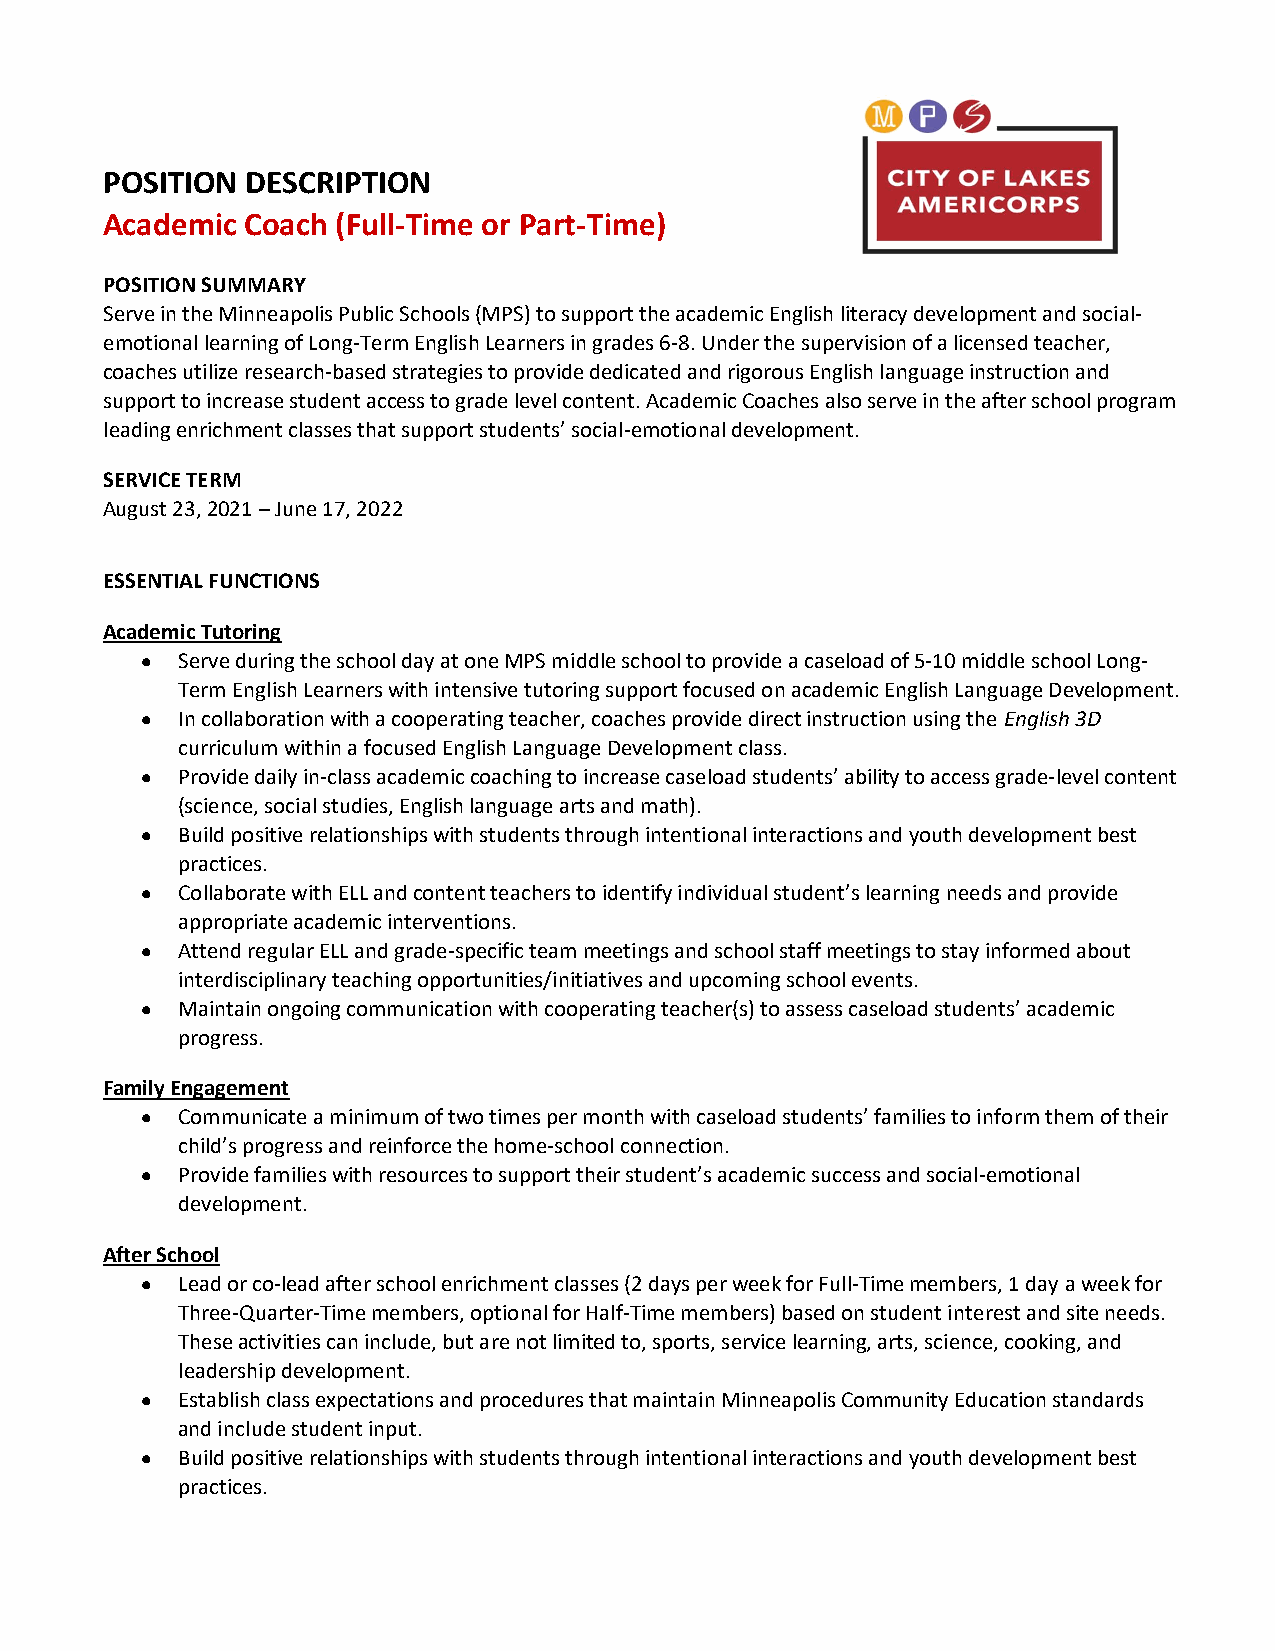
POSITION DESCRIPTION
 Academic Coach (Full-Time or Part-Time)
 POSITION SUMMARY
 Serve in the Minneapolis Public Schools (MPS) to support the academic English literacy development and social-
 emotional learning of Long-Term English Learners in grades 6-8. Under the supervision of a licensed teacher,
 coaches utilize research-based strategies to provide dedicated and rigorous English language instruction and
 support to increase student access to grade level content. Academic Coaches also serve in the after school program
 leading enrichment classes that support students’ social-emotional development.
 SERVICE TERM
 August 23, 2021 – June 17, 2022
 ESSENTIAL FUNCTIONS
 Academic Tutoring
   Serve during the school day at one MPS middle school to provide a caseload of 5-10 middle school Long-
 Term English Learners with intensive tutoring support focused on academic English Language Development.
   In collaboration with a cooperating teacher, coaches provide direct instruction using the English 3D
 curriculum within a focused English Language Development class.
   Provide daily in-class academic coaching to increase caseload students’ ability to access grade-level content
 (science, social studies, English language arts and math).
   Build positive relationships with students through intentional interactions and youth development best
 practices.
   Collaborate with ELL and content teachers to identify individual student’s learning needs and provide
 appropriate academic interventions.
   Attend regular ELL and grade-specific team meetings and school staff meetings to stay informed about
 interdisciplinary teaching opportunities/initiatives and upcoming school events.
   Maintain ongoing communication with cooperating teacher(s) to assess caseload students’ academic
 progress.
 Family Engagement
   Communicate a minimum of two times per month with caseload students’ families to inform them of their
 child’s progress and reinforce the home-school connection.
   Provide families with resources to support their student’s academic success and social-emotional
 development.
 After School
   Lead or co-lead after school enrichment classes (2 days per week for Full-Time members, 1 day a week for
 Three-Quarter-Time members, optional for Half-Time members) based on student interest and site needs.
 These activities can include, but are not limited to, sports, service learning, arts, science, cooking, and
 leadership development.
   Establish class expectations and procedures that maintain Minneapolis Community Education standards
 and include student input.
   Build positive relationships with students through intentional interactions and youth development best
 practices.